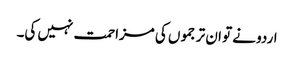
اردو نے تو ان ترجموں کی مزاحمت نہیں کی۔